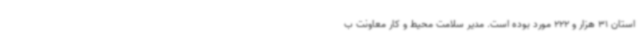
استان 31 هزار و 222 مورد بوده است. مدیر سلامت محیط و کار معاونت ب